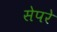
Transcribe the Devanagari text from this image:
सेपरे